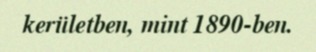
kerületben, mint 1890-ben.